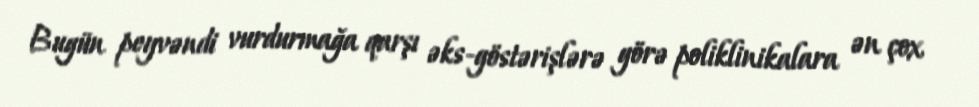
Bugün peyvəndi vurdurmağa qarşı əks-göstərişlərə görə poliklinikalara ən çox